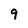
Character: 9